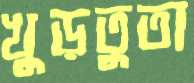
খুড়তুতা